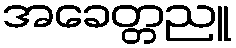
အခေတ္တညူ